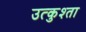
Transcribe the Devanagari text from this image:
उत्कुश्ता